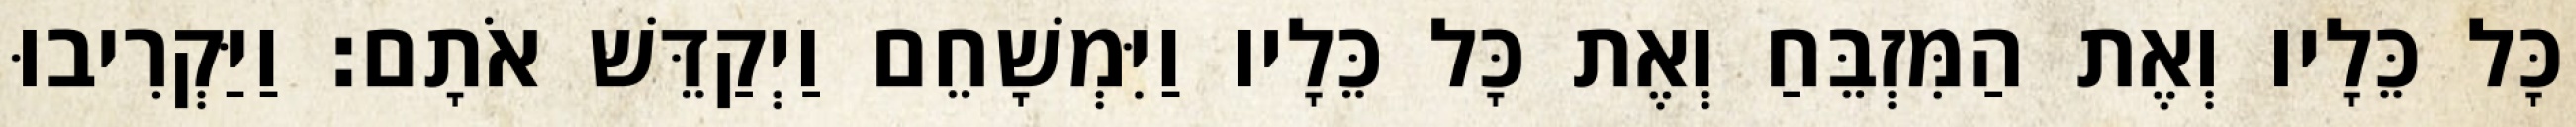
כָּל כֵּלָיו וְאֶת הַמִּזְבֵּחַ וְאֶת כָּל כֵּלָיו וַיִּמְשָׁחֵם וַיְקַדֵּשׁ אֹתָם׃ וַיַּקְרִיבוּ